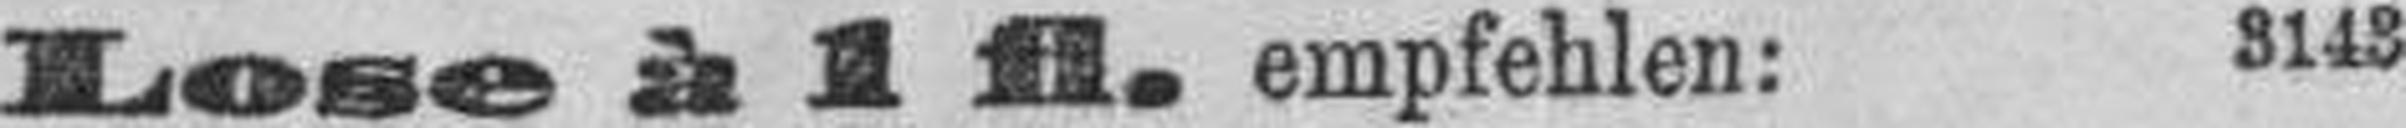
Lose à 1 fl. empfehlen: 3143